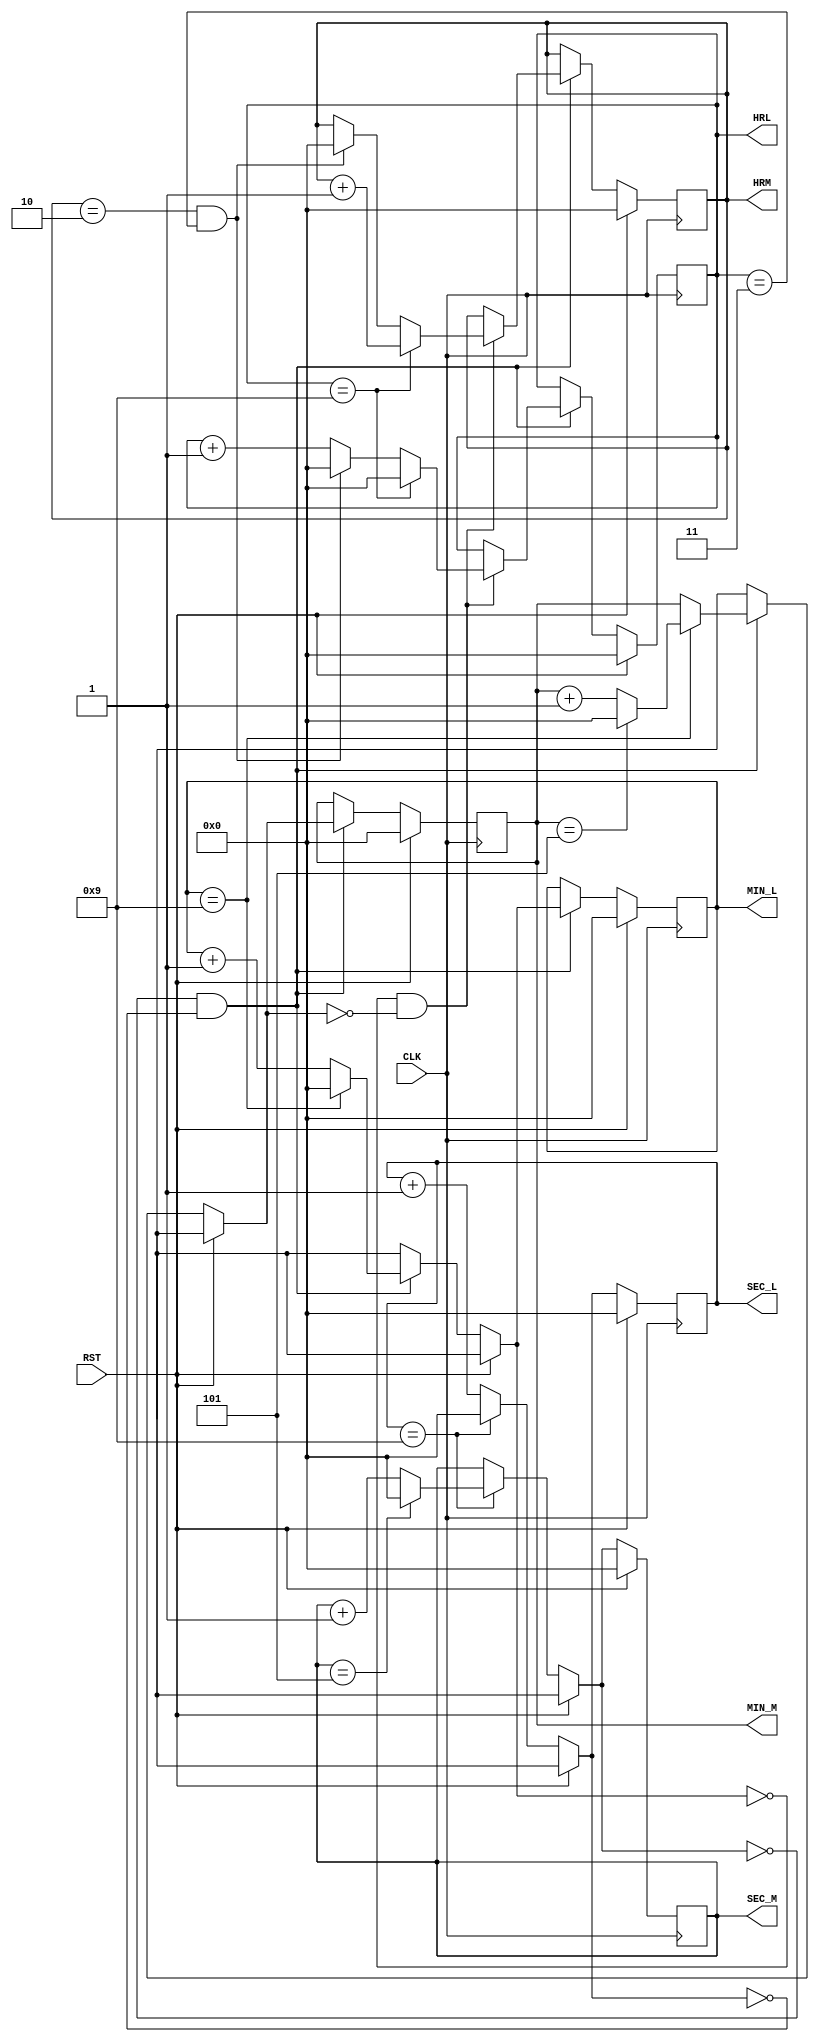
module RTDC(
	output reg [3:0]SEC_L,SEC_M,MIN_L,MIN_M,HRL,HRM,
	input CLK,RST
);

always @(posedge CLK) begin
	if(RST) begin
		SEC_L='d0;
		SEC_M='d0;
		MIN_L='d0;
		MIN_M='d0;
		HRL='d0;
		HRM='d0;
	end
	else begin
		if(SEC_L=='d9) begin
			SEC_L='d0;
			if(SEC_M=='d5) begin
				SEC_M='d0;
			end
			else begin
				SEC_M=SEC_M+1;
			end
		end
		else begin
			SEC_L=SEC_L+1;
		end
		if(SEC_M=='d0 && SEC_L=='d0) begin
			if(MIN_L=='d9) begin
				MIN_L='d0;
				if(MIN_M=='d5) begin
					MIN_M='d0;
				end
				else begin
					MIN_M=MIN_M+1;
				end
			end
			else begin
				MIN_L=MIN_L+1;
			end
			if(MIN_L=='d0 && MIN_M=='d0) begin
				if(HRL=='d9) begin
					HRL='d0;
					HRM=HRM+1;
				end
				else begin
					if(HRM=='d2 && HRL=='d3) begin
						HRL='d0;
						HRM='d0;
					end
					else begin
						HRL=HRL+1;
					end
				end
			end
		end
	end
end
endmodule